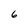
Character: 6